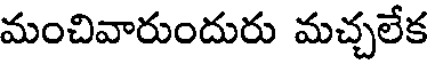
మంచివారుందురు మచ్చలేక